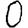
Digit: 0